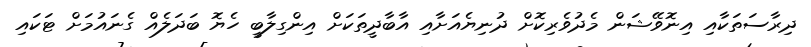
ދިރާސަތަކާއި އިނޮވޭޝަން މެދުވެރިކޮށް ދުނިޔެއަށާއި އާބާދީތަކަށް އިންގިލާބީ ހެޔޮ ބަދަލެއް ގެނައުމަށް ޓަކައި